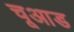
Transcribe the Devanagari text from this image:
चूआड